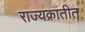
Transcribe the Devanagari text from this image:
राज्यक्रांतीत